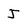
Character: J